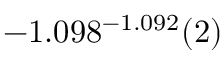
- 1 . 0 9 8 ^ { - 1 . 0 9 2 } ( 2 )